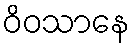
ဝိဝသာနေ